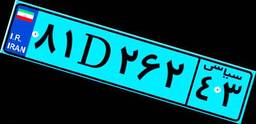
۸۱D۲۶۲۴۳